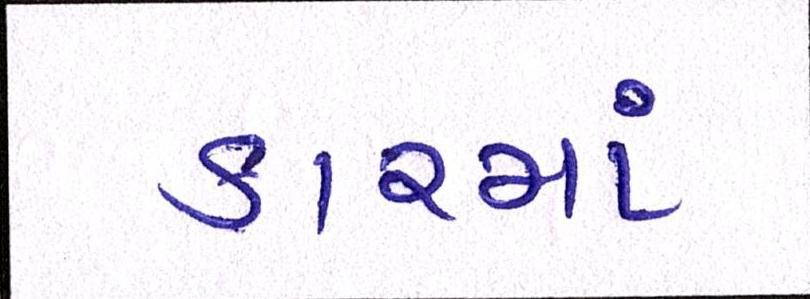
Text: કારમાં